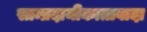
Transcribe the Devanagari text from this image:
साम्प्रदायीकातावादा